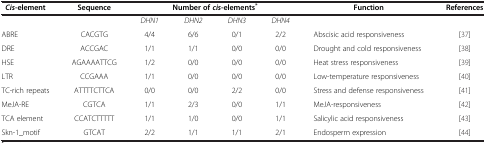
| Cis-element | Sequence | <COLSPAN=4> Number ofcis-elements* | Function | References |
 | --- | --- | --- | --- | --- | --- | --- | --- |
 |  |  | DHN1 | DHN2 | DHN3 | DHN4 |  |  |
 | ABRE | CACGTG | 4/4 | 6/6 | 0/1 | 2/2 | Abscisic acid responsiveness | [37] |
 | DRE | ACCGAC | 1/1 | 1/1 | 0/0 | 0/0 | Drought and cold responsiveness | [38] |
 | HSE | AGAAAATTCG | 1/2 | 0/0 | 0/0 | 0/0 | Heat stress responsiveness | [39] |
 | LTR | CCGAAA | 1/1 | 0/0 | 0/0 | 0/0 | Low-temperature responsiveness | [40] |
 | TC-rich repeats | ATTTTCTTCA | 0/0 | 0/0 | 2/2 | 0/0 | Stress and defense responsiveness | [41] |
 | MeJA-RE | CGTCA | 1/1 | 2/3 | 0/0 | 1/1 | MeJA-responsiveness | [42] |
 | TCA element | CCATCTTTTT | 1/1 | 1/0 | 0/0 | 1/1 | Salicylic acid responsiveness | [43] |
 | Skn-1_motif | GTCAT | 2/2 | 1/1 | 1/1 | 2/1 | Endosperm expression | [44] |